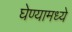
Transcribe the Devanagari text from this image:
घेण्यामध्ये